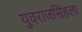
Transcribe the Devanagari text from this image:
युवराजसिंहला